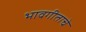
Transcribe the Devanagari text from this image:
भावगीताचे